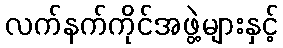
လက်နက်ကိုင်အဖွဲ့များနှင့်